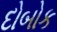
દોબોક